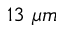
1 3 \ \mu m